Scottish Leaving Certificate Examination, 1957
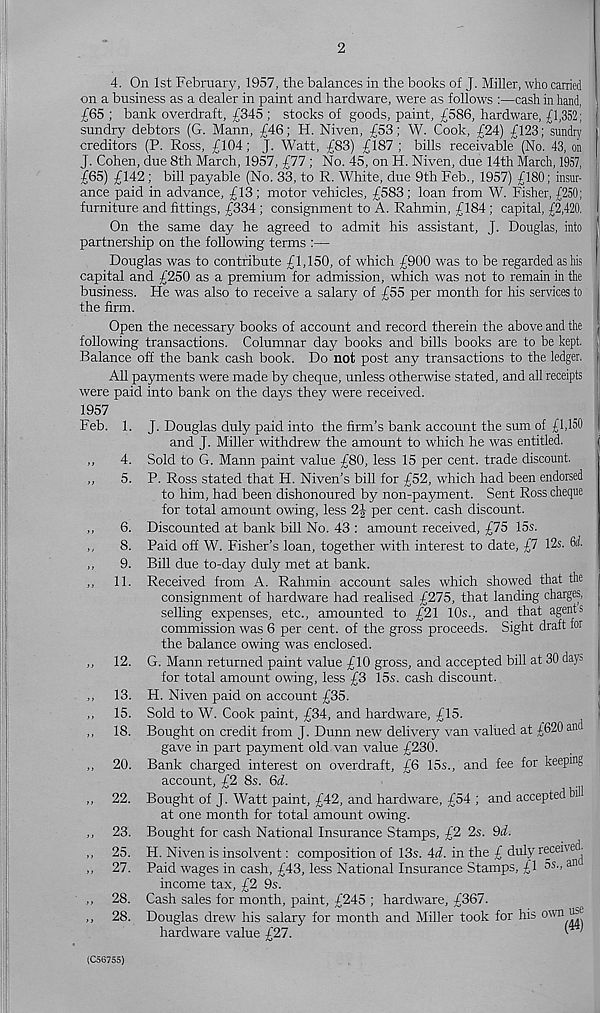
2
4. On 1st February, 1957, the balances in the books of J. Miller, who canied
on a business as a dealer in paint and hardware, were as follows :—cash in hand,
£65 ; bank overdraft, £345 ; stocks of goods, paint, £586, hardware, £1,352;
sundry debtors (G. Mann, £46; H. Niven, £53; W. Cook, £24) £123; sundry
creditors (P. Ross, £104; J. Watt, £83) £187 ; bills receivable (No. 43, on
J. Cohen, due 8th March, 1957, £77 ; No. 45, on H. Niven, due 14th March, 1957,
£65) £142 ; bill payable (No. 33, to R. White, due 9th Feb., 1957) £180; insur-
ance paid in advance, £13 ; motor vehicles, £583; loan from W. Fisher, £250;
furniture and fittings, £334 ; consignment to A. Rahmin, £184 ; capital, £2,420.
On the same day he agreed to admit his assistant, J. Douglas, into
partnership on the following terms :—
Douglas was to contribute £1,150, of which £900 was to be regarded as his
capital and £250 as a premium for admission, which was not to remain in the
business. He was also to receive a salary of £55 per month for his services to
the firm.
Open the necessary books of account and record therein the above and the
following transactions. Columnar day books and bills books are to be kept.
Balance off the bank cash book. Do not post any transactions to the ledger.
All payments were made by cheque, unless otherwise stated, and all receipts
were paid into bank on the days they were received.
1957
Feb. 1. J. Douglas duly paid into the firm’s bank account the sum of £1,150
and J. Miller withdrew the amount to which he was entitled.
,,
4. Sold to G. Mann paint value £80, less 15 per cent, trade discount.
,,
5. P. Ross stated that H. Niven’s bill for £52, which had been endorsed
to him, had been dishonoured by non-payment. Sent Ross cheque
for total amount owing, less 2| per cent, cash discount.
,,
6. Discounted at bank bill No. 43 : amount received, £75 15s.
,,
8. Paid off W. Fisher’s loan, together with interest to date, £7 12s. &£
,,
9. Bill due to-day duly met at bank.
,, 11. Received from A. Rahmin account sales which showed that the
consignment of hardware had realised £275, that landing charges,
selling expenses, etc., amounted to £21 10s., and that agents
commission was 6 per cent, of the gross proceeds. Sight draft for
the balance owing was enclosed.
,, 12. G. Mann returned paint value £10 gross, and accepted bill at 30 days
for total amount owing, less £3 15s. cash discount.
,, 13. H. Niven paid on account £35.
,, 15. Sold to W. Cook paint, £34, and hardware, £15.
,, 18. Bought on credit from J. Dunn new delivery van valued at £620 and
gave in part payment old van value £230.
,, 20. Bank charged interest on overdraft, £6 15s., and fee for keeping
account, £2 8s. 6d.
,, 22. Bought of J. Watt paint, £42, and hardware, £54 ; and accepted bill
at one month for total amount owing.
,, 23. Bought for cash National Insurance Stamps, £2 2s. 9d.
,, 25. H. Niven is insolvent: composition of 13s. 4i. in the £ duly received.
,, 27. Paid wages in cash, £43, less National Insurance Stamps, £1 5s., an
income tax, £2 9s.
,, 28. Cash sales for month, paint, £245 ; hardware, £367.
,, 28. Douglas drew his salary for month and Miller took for his own ,^
hardware value £27.
I
(C56755)